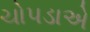
ચોપડાએ